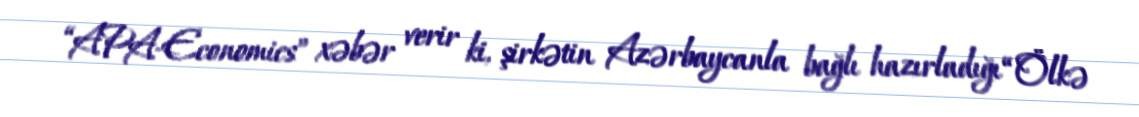
“APA-Economics” xəbər verir ki, şirkətin Azərbaycanla bağlı hazırladığı “Ölkə